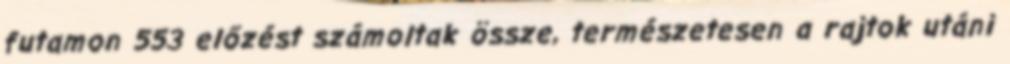
futamon 553 előzést számoltak össze, természetesen a rajtok utáni